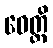
ဝေတ္တိ